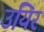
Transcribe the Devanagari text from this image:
उयिर